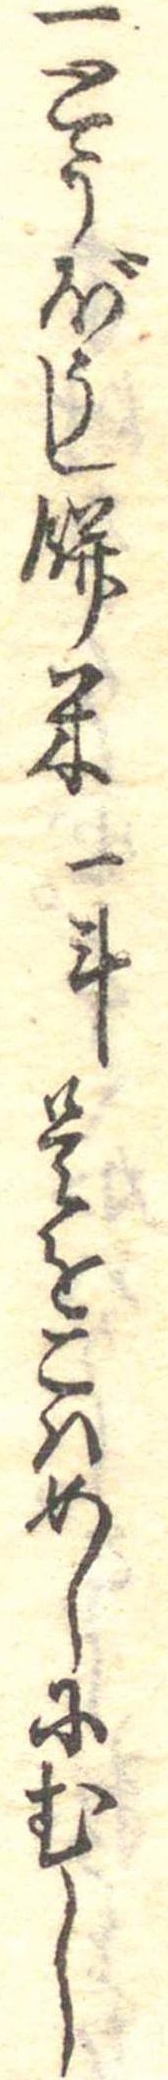
一とうぼうし餅米一斗是をこはめしにむし